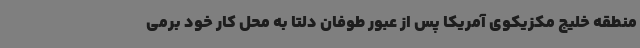
منطقه خلیج مکزیکوی آمریکا پس از عبور طوفان دلتا به محل کار خود برمی